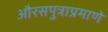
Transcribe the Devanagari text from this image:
औरसपुत्राप्रमाणे